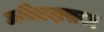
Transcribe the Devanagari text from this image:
छबिलदासवर